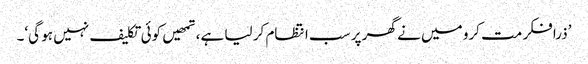
’ذرا فکر مت کرو میں نے گھر پر سب انتظام کر لیا ہے، تمھیں کوئی تکلیف نہیں ہو گی‘۔